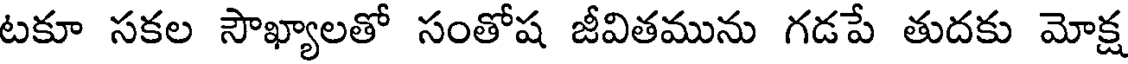
టకూ సకల సౌఖ్యాలతో సంతోష జీవితమును గడపే తుదకు మోక్ష